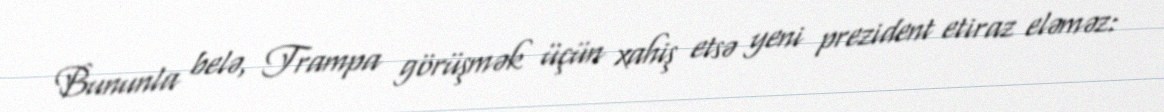
Bununla belə, Trampa görüşmək üçün xahiş etsə yeni prezident etiraz eləməz: